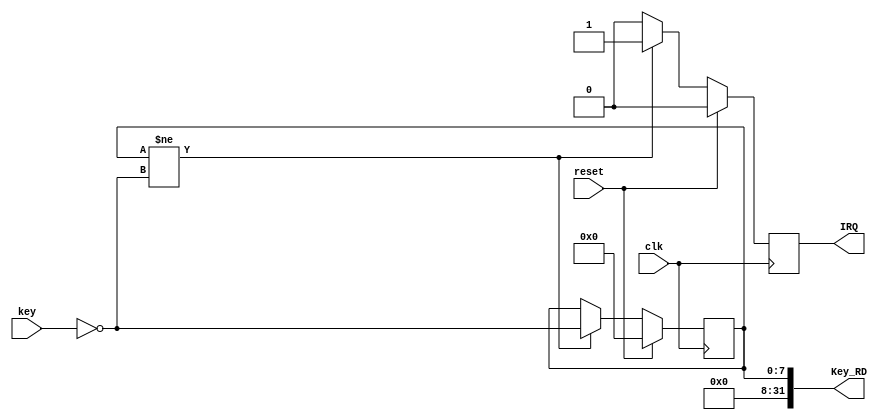
module Key(clk,reset,key,IRQ,Key_RD);
//input
    input clk;
    input reset;

    input [7:0] key;
    
//output
    output reg IRQ;
    output [31:0] Key_RD;

//sequential logic
    reg [7:0] data;

    assign Key_RD={24'b0,data};

    always @(posedge clk)
        begin
            if(reset)
                begin
                    data<=0;
                    IRQ<=0;
                end 
            else if(data!=~key)
                begin
                    data<=~key;
                    IRQ<=1;
                end
            else
                begin
                    data<=data;
                    IRQ<=0;
                end
        end

endmodule